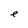
Character: e